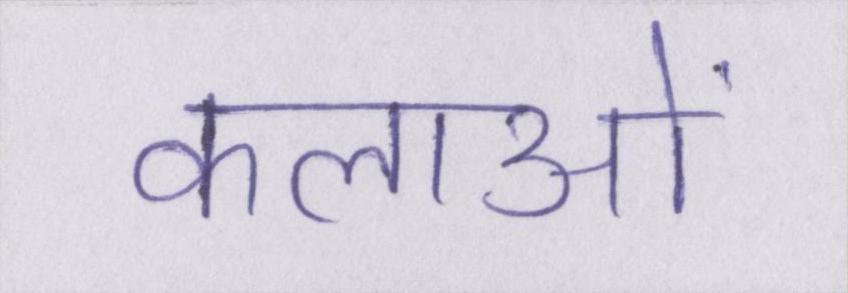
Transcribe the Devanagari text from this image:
कलाओं